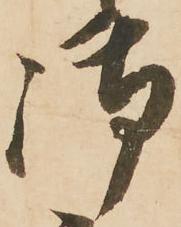
御